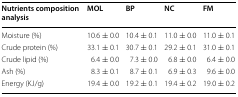
| Nutrients composition analysis | MOL | BP | NC | FM |
 | --- | --- | --- | --- | --- |
 | Moisture (%) | 10.6 ± 0.0 | 10.4 ± 0.1 | 11.0 ± 0.0 | 11.0 ± 0.1 |
 | Crude protein (%) | 33.1 ± 0.1 | 30.7 ± 0.1 | 29.2 ± 0.1 | 31.0 ± 0.1 |
 | Crude lipid (%) | 6.4 ± 0.0 | 7.3 ± 0.0 | 6.8 ± 0.0 | 6.4 ± 0.0 |
 | Ash (%) | 8.3 ± 0.1 | 8.7 ± 0.1 | 6.9 ± 0.3 | 9.6 ± 0.0 |
 | Energy (KJ/g) | 19.4 ± 0.0 | 19.2 ± 0.1 | 19.4 ± 0.2 | 19.0 ± 0.2 |